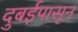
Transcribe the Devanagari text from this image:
दुबईपासून